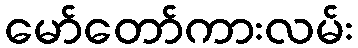
မော်တော်ကားလမ်း